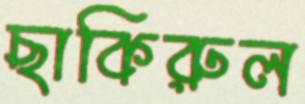
ছাকিরুল